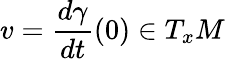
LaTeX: v={\frac{d\gamma}{dt}}(0)\in T_{x}M